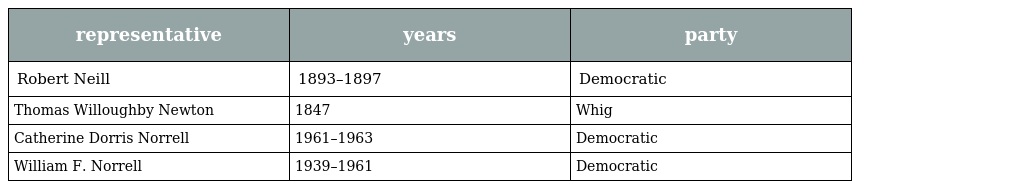
| representative | years | party |
 | --- | --- | --- |
 | Robert Neill | 1893–1897 | Democratic |
 | Thomas Willoughby Newton | 1847 | Whig |
 | Catherine Dorris Norrell | 1961–1963 | Democratic |
 | William F. Norrell | 1939–1961 | Democratic |